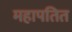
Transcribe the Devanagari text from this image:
महापतित